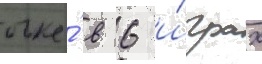
очка́ в 6 и́грах